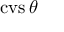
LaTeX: \operatorname { c v s } \theta